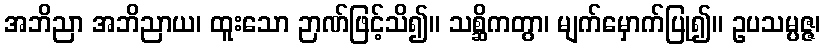
အဘိညာ အဘိညာယ၊ ထူးသော ဉာဏ်ဖြင့်သိ၍။ သစ္ဆိကတွာ၊ မျက်မှောက်ပြု၍။ ဥပသမ္ပဇ္ဇ၊